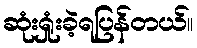
ဆုံးရှုံးခဲ့ရပြန်တယ်။